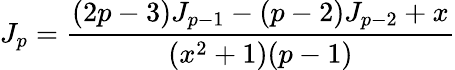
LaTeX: J_{p}=\frac{(2p-3)J_{p-1}-(p-2)J_{p-2}+x}{(x^{2}+1)(p-1)}